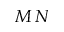
M \, N